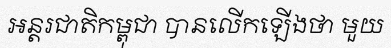
អន្តរជាតិកម្ពុជា បានលើកឡើងថា មួយ